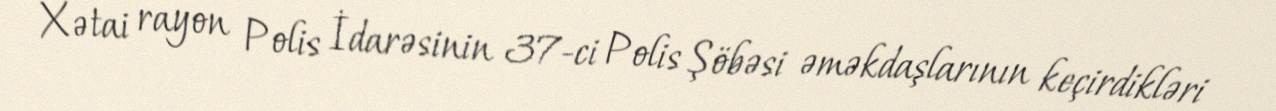
Xətai rayon Polis İdarəsinin 37-ci Polis Şöbəsi əməkdaşlarının keçirdikləri